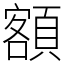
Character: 額